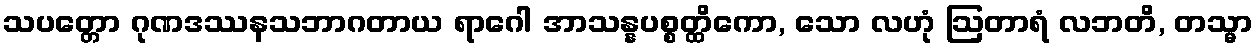
သပတ္တော ဂုဏဒဿနသဘာဂတာယ ရာဂေါ အာသန္နပစ္စတ္ထိကော, သော လဟုံ ဩတာရံ လဘတိ, တသ္မာ